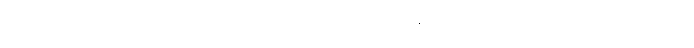
ဣမဿ သမဏဿ၊ ဤရဟန်းအား။ သတ္တမာသိကော၊ ခုနစ်လပတ်လုံးသုတ်သင်ခြင်းကင်းသော။